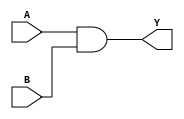
/* --- AND GATE ---*/
//AND operator: "&"
module AND_GATE(
  output Y,
  input A, B
);
  assign Y = A&B;
endmodule

/* --- OR GATE ---*/
//OR operator: "|"
module OR_GATE(
  output Y,
  input A,B
);
  assign Y = A|B;
endmodule


/* --- XOR GATE ---*/
//XOR operator: "^"
module XOR_GATE(
  output Y,
  input A,B
);
  assign Y = A^B;
endmodule

/* --- NAND GATE ---*/
//NAND operator: "!&" or "~&"
module NAND_GATE(
  output Y,
  input A,B
);
  assign Y = ~(A&B);
endmodule


/* --- NOR GATE ---*/
//NOR operator: "~|"
module NOR_GATE(
  output Y,
  input A,B
);
  assign Y = ~(A|B);
endmodule


/* --- XNOR GATE ---*/
//XNOR operator: "|"
module XNOR_GATE(
  output Y,
  input A,B
);
  assign Y = ~(A^B);
endmodule